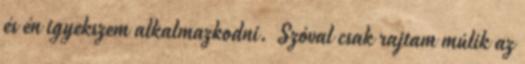
és én igyekszem alkalmazkodni. Szóval csak rajtam múlik az